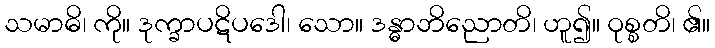
သမာဓိ၊ ကို။ ဒုက္ခာပဋိပဒေါ၊ သော။ ဒန္ဓာဘိညောတိ၊ ဟူ၍။ ဝုစ္စတိ၊ ၏။